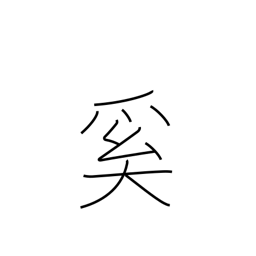
Meaning: why